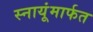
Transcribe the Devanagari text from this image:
स्नायूंमार्फत